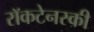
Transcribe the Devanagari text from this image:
राॅकटेनस्की